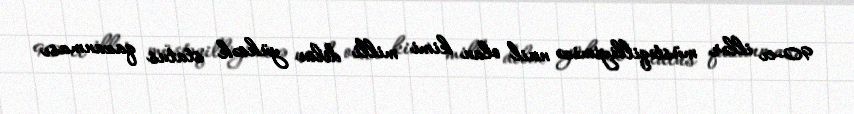
90-cı illər müstəqilliyimizə nail olan kimi milli dilin yüksək status qazanması